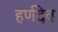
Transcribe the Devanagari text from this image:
हर्णदेव